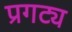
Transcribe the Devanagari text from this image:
प्रगट्य